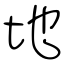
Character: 地